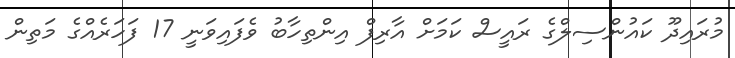
މުރައިދޫ ކައުންސިލްގެ ރައީސް ކަމަށް އާރިފް އިންތިހާބު ވެފައިވަނީ 17 ފަހަރެއްގެ މަތިން